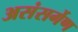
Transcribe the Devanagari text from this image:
असंसर्गेण